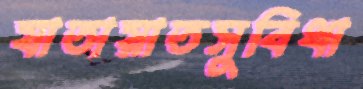
যাতায়াতসুবিধা